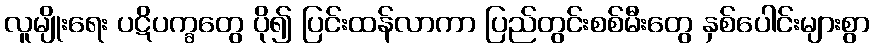
လူမျိုးရေး ပဋိပက္ခတွေ ပို၍ ပြင်းထန်လာကာ ပြည်တွင်းစစ်မီးတွေ နှစ်ပေါင်းများစွာ